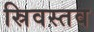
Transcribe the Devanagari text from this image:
स्रिवस्तव